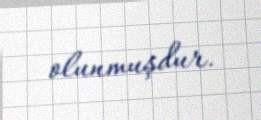
olunmuşdur.